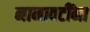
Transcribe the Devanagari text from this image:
नानावटींना